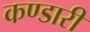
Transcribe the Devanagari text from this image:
कण्डारी